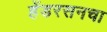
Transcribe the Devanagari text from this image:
हेंडरसनचा